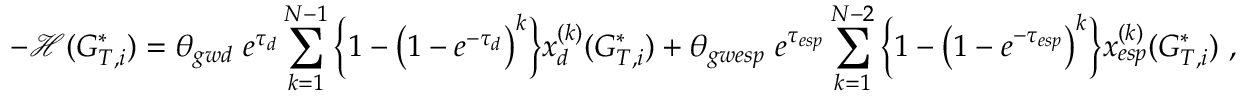
- \mathcal { H } ( G _ { T , i } ^ { * } ) = \theta _ { g w d } \ e ^ { \tau _ { d } } \sum _ { k = 1 } ^ { N - 1 } \Big \{ 1 - \big ( 1 - e ^ { - \tau _ { d } } \big ) ^ { k } \Big \} x _ { d } ^ { ( k ) } ( G _ { T , i } ^ { * } ) + \theta _ { g w e s p } \ e ^ { \tau _ { e s p } } \sum _ { k = 1 } ^ { N - 2 } \Big \{ 1 - \big ( 1 - e ^ { - \tau _ { e s p } } \big ) ^ { k } \Big \} x _ { e s p } ^ { ( k ) } ( G _ { T , i } ^ { * } ) \ ,